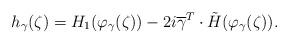
LaTeX: \begin{align*} h_\gamma(\zeta) = H_1(\varphi_\gamma(\zeta))-2i\overline{\gamma}^T \cdot \tilde{H}(\varphi_\gamma(\zeta)).\end{align*}